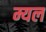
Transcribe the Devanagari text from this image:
म्यल